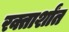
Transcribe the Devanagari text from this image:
रक्तार्शांत